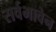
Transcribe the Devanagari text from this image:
सर्वभावेन